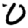
Digit: 0